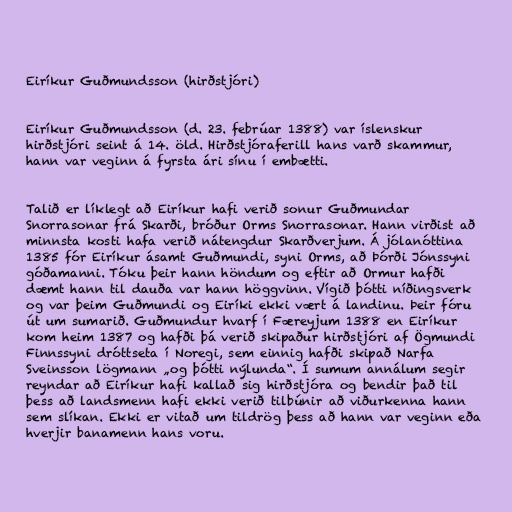
Eiríkur Guðmundsson (hirðstjóri)

Eiríkur Guðmundsson (d. 23. febrúar 1388) var íslenskur
hirðstjóri seint á 14. öld. Hirðstjóraferill hans varð skammur,
hann var veginn á fyrsta ári sínu í embætti.

Talið er líklegt að Eiríkur hafi verið sonur Guðmundar
Snorrasonar frá Skarði, bróður Orms Snorrasonar. Hann virðist að
minnsta kosti hafa verið nátengdur Skarðverjum. Á jólanóttina
1385 fór Eiríkur ásamt Guðmundi, syni Orms, að Þórði Jónssyni
góðamanni. Tóku þeir hann höndum og eftir að Ormur hafði
dæmt hann til dauða var hann höggvinn. Vígið þótti níðingsverk
og var þeim Guðmundi og Eiríki ekki vært á landinu. Þeir fóru
út um sumarið. Guðmundur hvarf í Færeyjum 1388 en Eiríkur
kom heim 1387 og hafði þá verið skipaður hirðstjóri af Ögmundi
Finnssyni dróttseta í Noregi, sem einnig hafði skipað Narfa
Sveinsson lögmann „og þótti nýlunda“. Í sumum annálum segir
reyndar að Eiríkur hafi kallað sig hirðstjóra og bendir það til
þess að landsmenn hafi ekki verið tilbúnir að viðurkenna hann
sem slíkan. Ekki er vitað um tildrög þess að hann var veginn eða
hverjir banamenn hans voru.